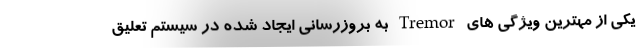
یکی از مهترین ویژگی های Tremor به بروزرسانی ایجاد شده در سیستم تعلیق